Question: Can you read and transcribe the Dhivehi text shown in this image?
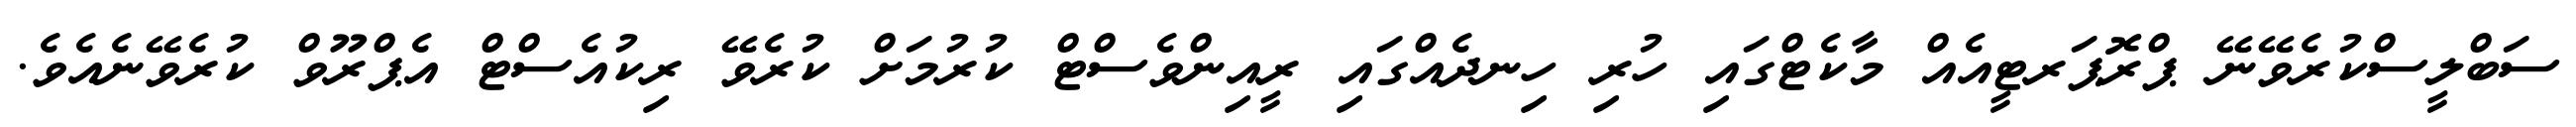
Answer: ސަބްލީސްކުރެވޭނޭ ޕްރޮޕަރޓީއެއް މާކެޓްގައި ހުރި ހިނދެއްގައި ރީއިންވެސްޓް ކުރުމަށް ކުރެވޭ ރިކުއެސްޓް އެޕްރޫވް ކުރެވޭނެއެވެ.